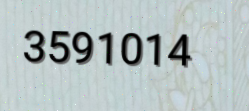
3591014